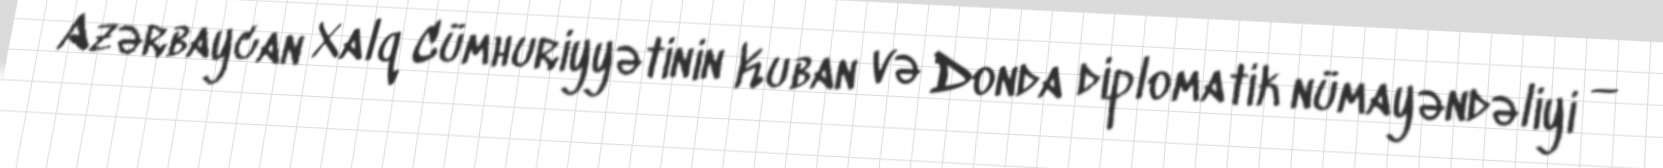
Azərbaycan Xalq Cümhuriyyətinin Kuban və Donda diplomatik nümayəndəliyi —